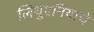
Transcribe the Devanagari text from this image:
लिथुएनियाचे